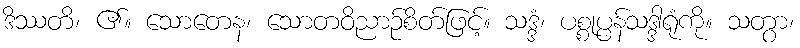
ဒိဿတိ၊ ၏။ သောတေန၊ သောတဝိညာဉ်စိတ်ဖြင့်။ သဒ္ဒံ၊ ပစ္စုပ္ပန်သဒ္ဒါရုံကို။ သတွာ၊